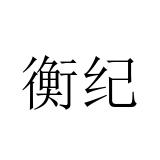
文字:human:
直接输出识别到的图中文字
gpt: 衡纪